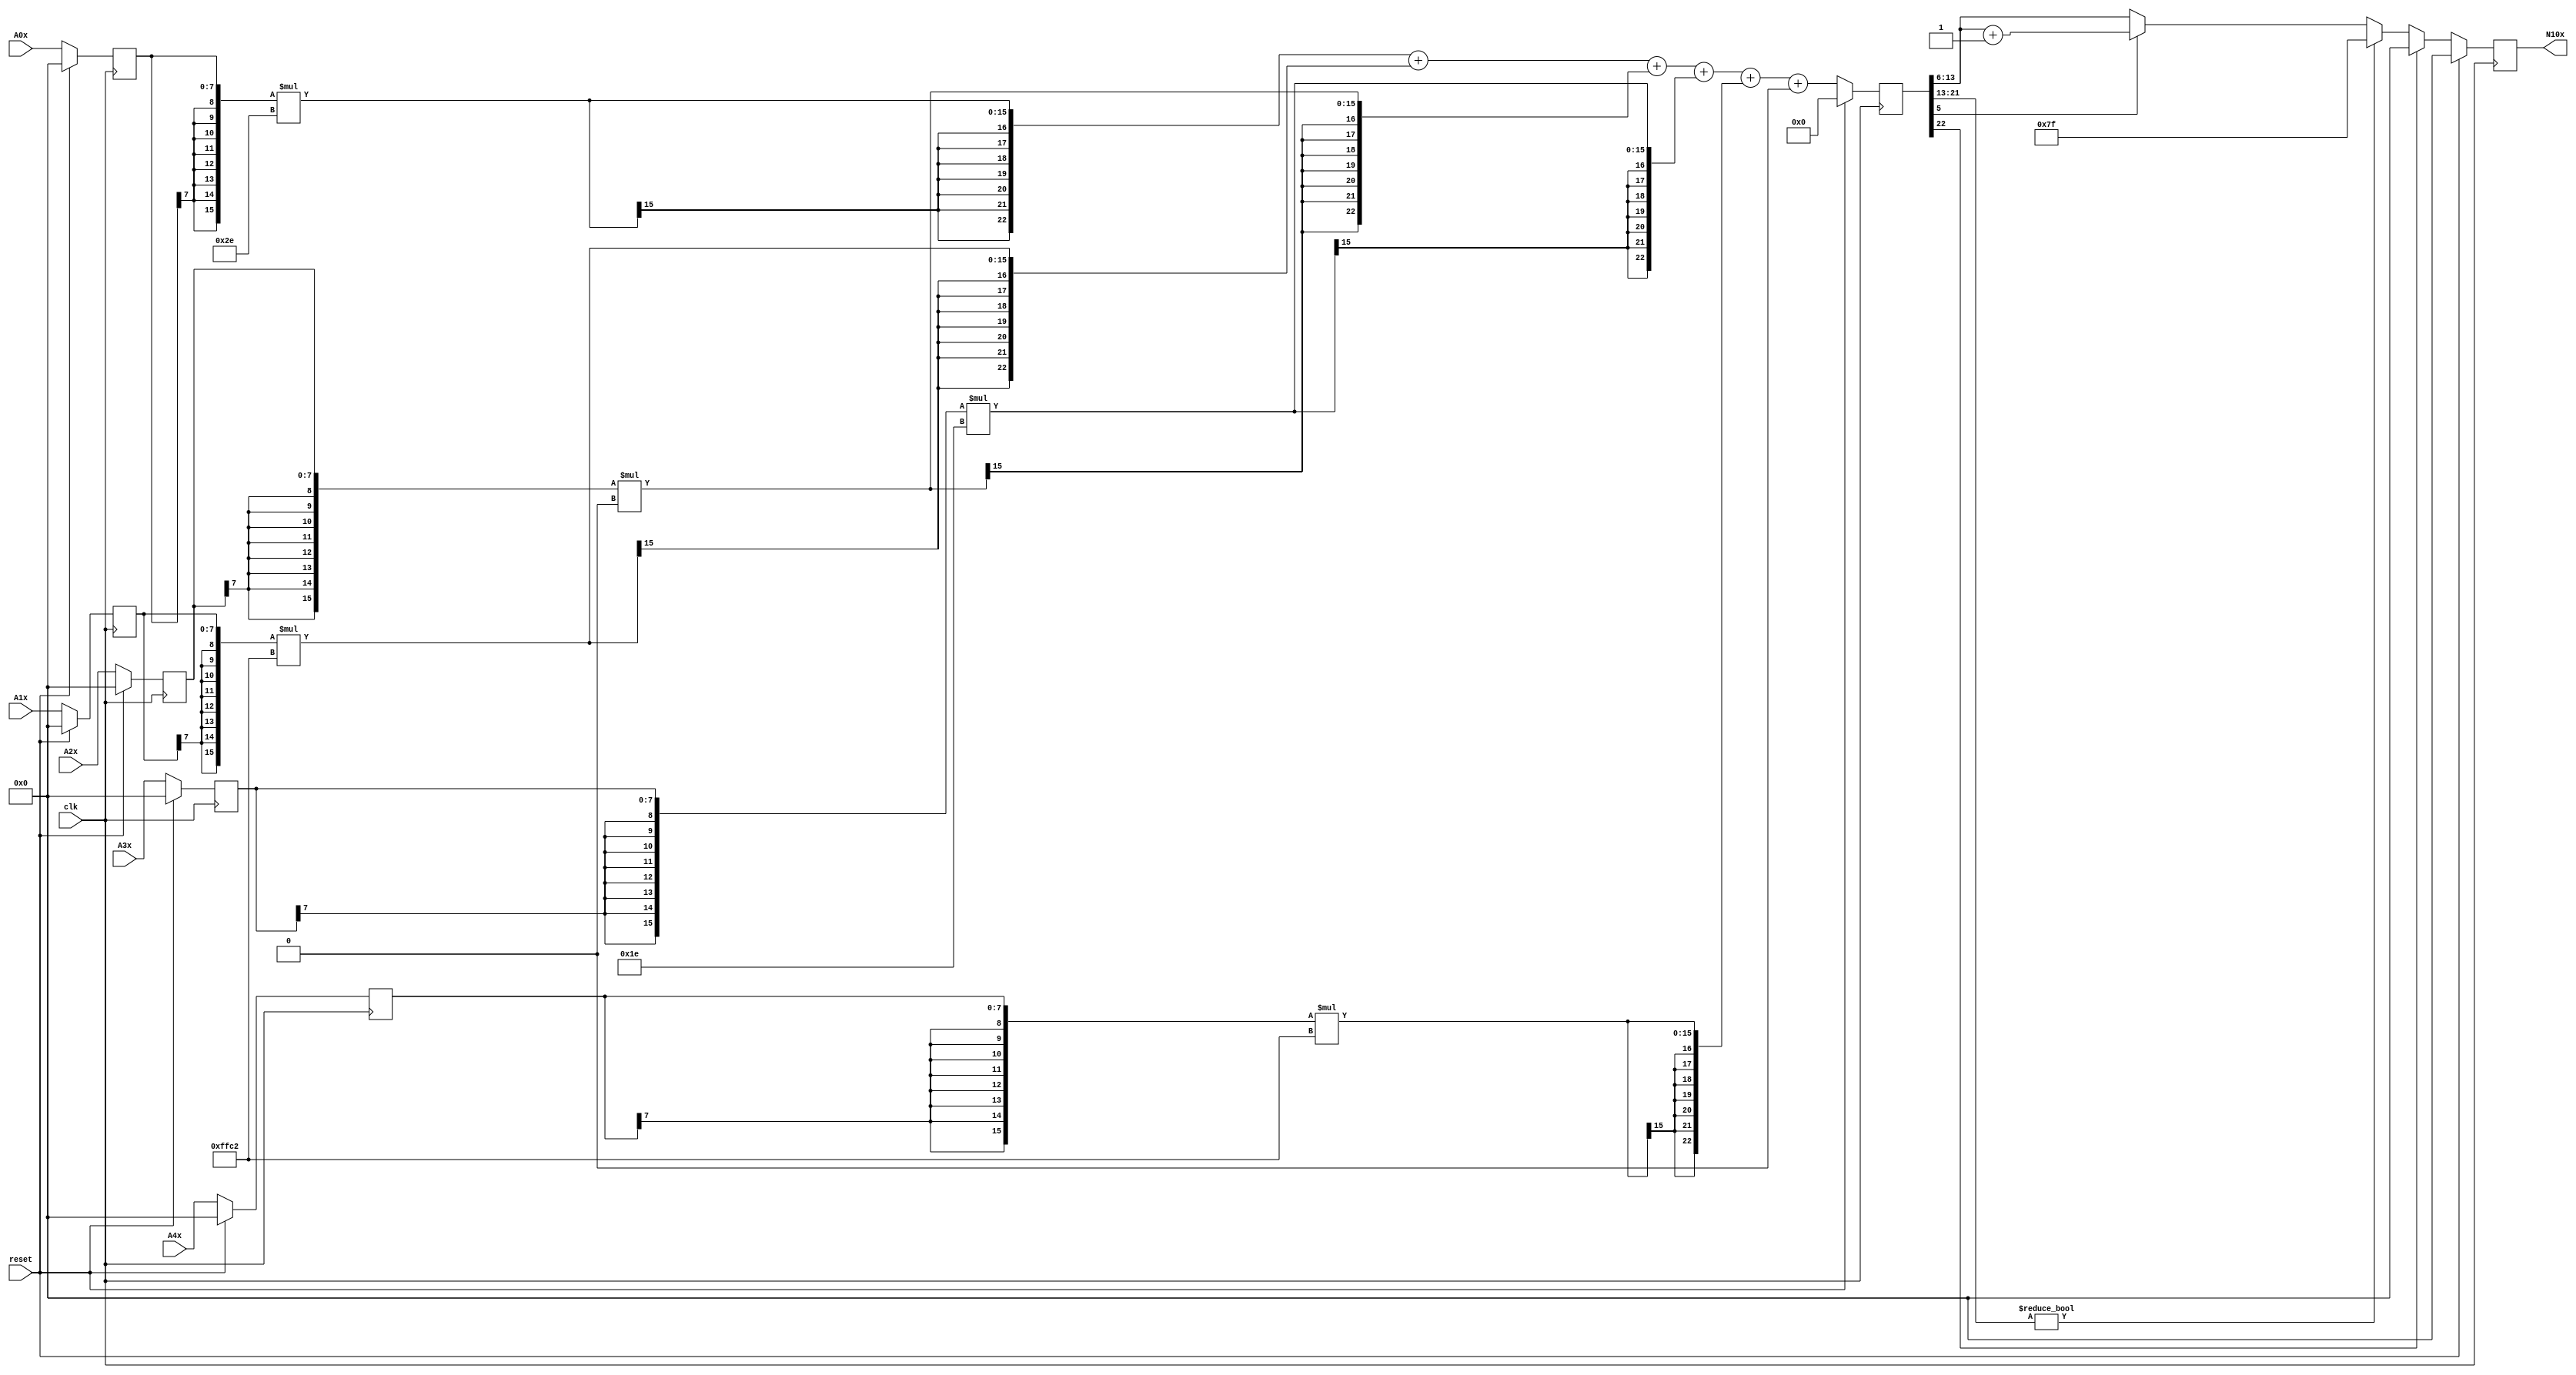
module node_2_10(clk,reset,N10x,A0x,A1x,A2x,A3x,A4x);
	input clk;
	input reset;
	input [7:0] A0x, A1x, A2x, A3x, A4x;
	reg [7:0] A0x_c, A1x_c, A2x_c, A3x_c, A4x_c;
	wire [15:0] sum0x, sum1x, sum2x, sum3x, sum4x;
	output reg [7:0] N10x;
	reg [22:0] sumout;

	parameter [7:0] W0x=8'd46;
	parameter [7:0] W1x=-8'd62;
	parameter [7:0] W2x=8'd0;
	parameter [7:0] W3x=8'd30;
	parameter [7:0] W4x=-8'd62;
	parameter [15:0] B0x=16'd0;


	assign sum0x = {A0x_c[7],A0x_c[7],A0x_c[7],A0x_c[7],A0x_c[7],A0x_c[7],A0x_c[7],A0x_c[7],A0x_c}*{W0x[7],W0x[7],W0x[7],W0x[7],W0x[7],W0x[7],W0x[7],W0x[7],W0x};
	assign sum1x = {A1x_c[7],A1x_c[7],A1x_c[7],A1x_c[7],A1x_c[7],A1x_c[7],A1x_c[7],A1x_c[7],A1x_c}*{W1x[7],W1x[7],W1x[7],W1x[7],W1x[7],W1x[7],W1x[7],W1x[7],W1x};
	assign sum2x = {A2x_c[7],A2x_c[7],A2x_c[7],A2x_c[7],A2x_c[7],A2x_c[7],A2x_c[7],A2x_c[7],A2x_c}*{W2x[7],W2x[7],W2x[7],W2x[7],W2x[7],W2x[7],W2x[7],W2x[7],W2x};
	assign sum3x = {A3x_c[7],A3x_c[7],A3x_c[7],A3x_c[7],A3x_c[7],A3x_c[7],A3x_c[7],A3x_c[7],A3x_c}*{W3x[7],W3x[7],W3x[7],W3x[7],W3x[7],W3x[7],W3x[7],W3x[7],W3x};
	assign sum4x = {A4x_c[7],A4x_c[7],A4x_c[7],A4x_c[7],A4x_c[7],A4x_c[7],A4x_c[7],A4x_c[7],A4x_c}*{W4x[7],W4x[7],W4x[7],W4x[7],W4x[7],W4x[7],W4x[7],W4x[7],W4x};

	always@(posedge clk) begin

		if(reset)
			begin
			N10x<=8'd0;
			sumout<=16'd0;
			A0x_c <= 8'd0;
			A1x_c <= 8'd0;
			A2x_c <= 8'd0;
			A3x_c <= 8'd0;
			A4x_c <= 8'd0;
			end
		else
			begin
			A0x_c <= A0x;
			A1x_c <= A1x;
			A2x_c <= A2x;
			A3x_c <= A3x;
			A4x_c <= A4x;
			sumout<={sum0x[15],sum0x[15],sum0x[15],sum0x[15],sum0x[15],sum0x[15],sum0x[15],sum0x}+{sum1x[15],sum1x[15],sum1x[15],sum1x[15],sum1x[15],sum1x[15],sum1x[15],sum1x}+{sum2x[15],sum2x[15],sum2x[15],sum2x[15],sum2x[15],sum2x[15],sum2x[15],sum2x}+{sum3x[15],sum3x[15],sum3x[15],sum3x[15],sum3x[15],sum3x[15],sum3x[15],sum3x}+{sum4x[15],sum4x[15],sum4x[15],sum4x[15],sum4x[15],sum4x[15],sum4x[15],sum4x}+{B0x[15],B0x[15],B0x[15],B0x[15],B0x[15],B0x[15],B0x[15],B0x};

			if(sumout[22]==0)
				begin
				if(sumout[21:13]!=9'b0)
					N10x<=8'd127;
				else
					begin
					if(sumout[5]==1)
						N10x<=sumout[13:6]+8'd1;
					else
						N10x<=sumout[13:6];
					end
				end
			else
				N10x<=8'd0;
			end
		end
endmodule